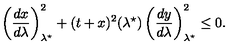
\left( \frac { d x } { d \lambda } \right) _ { \lambda ^ { \star } } ^ { 2 } + ( t + x ) ^ { 2 } ( \lambda ^ { \star } ) \left( \frac { d y } { d \lambda } \right) _ { \lambda ^ { \star } } ^ { 2 } \leq 0 .